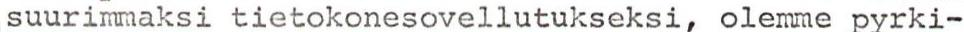
suurimmaksi tietokonesovellutukseksi, olemme pyrki-